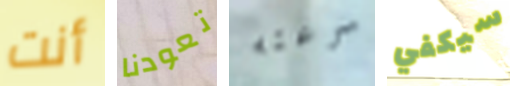
أنت تعودنا سرعته سيكفي